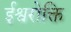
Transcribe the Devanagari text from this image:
ईश्वरोक्ति